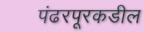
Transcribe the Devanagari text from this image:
पंढरपूरकडील